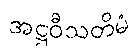
အဋ္ဌဝီသတိမံ